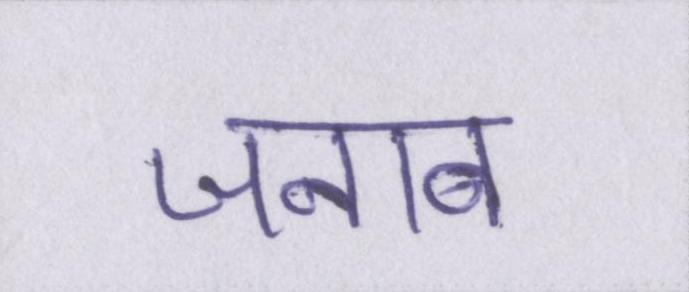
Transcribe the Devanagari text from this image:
जनाब